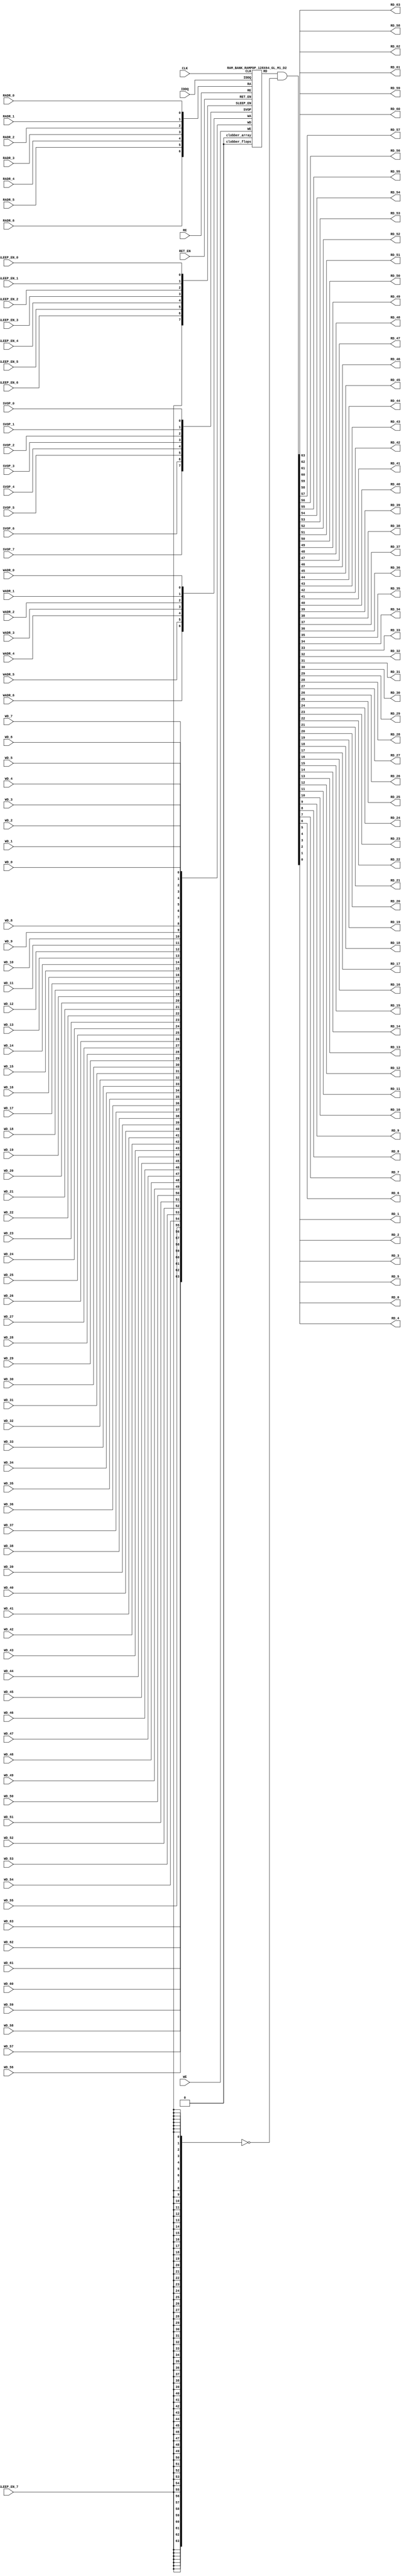
// ================================================================
// NVDLA Open Source Project
// 
// Copyright(c) 2016 - 2017 NVIDIA Corporation.  Licensed under the
// NVDLA Open Hardware License; Check "LICENSE" which comes with 
// this distribution for more information.
// ================================================================


`ifdef EMULATION
	`define SYNTHESIS
`endif

`ifndef SYNTHESIS
	`ifdef FAULT_INJECTION
		`define SIM_and_FAULT
	`endif
`endif

`ifndef SYNTHESIS
	`ifdef MONITOR
		`define SIM_and_MONITOR
	`endif
`endif


`ifndef SYNTHESIS 
`timescale 10ps/1ps
`endif 
`celldefine
module RAMPDP_128X64_GL_M1_D2 (  WE,  CLK, IDDQ, SVOP_0, SVOP_1, SVOP_2, SVOP_3, SVOP_4, SVOP_5, SVOP_6, SVOP_7 
,WD_63, WD_62, WD_61, WD_60, WD_59, WD_58, WD_57, WD_56, WD_55, WD_54, WD_53, WD_52, WD_51, WD_50, WD_49, WD_48, WD_47, WD_46, WD_45, WD_44, WD_43, WD_42, WD_41, WD_40, WD_39, WD_38, WD_37, WD_36, WD_35, WD_34, WD_33, WD_32, WD_31, WD_30, WD_29, WD_28, WD_27, WD_26, WD_25, WD_24, WD_23, WD_22, WD_21, WD_20, WD_19, WD_18, WD_17, WD_16, WD_15, WD_14, WD_13, WD_12, WD_11, WD_10, WD_9, WD_8, WD_7, WD_6, WD_5, WD_4, WD_3, WD_2, WD_1, WD_0,RD_63, RD_62, RD_61, RD_60, RD_59, RD_58, RD_57, RD_56, RD_55, RD_54, RD_53, RD_52, RD_51, RD_50, RD_49, RD_48, RD_47, RD_46, RD_45, RD_44, RD_43, RD_42, RD_41, RD_40, RD_39, RD_38, RD_37, RD_36, RD_35, RD_34, RD_33, RD_32, RD_31, RD_30, RD_29, RD_28, RD_27, RD_26, RD_25, RD_24, RD_23, RD_22, RD_21, RD_20, RD_19, RD_18, RD_17, RD_16, RD_15, RD_14, RD_13, RD_12, RD_11, RD_10, RD_9, RD_8, RD_7, RD_6, RD_5, RD_4, RD_3, RD_2, RD_1, RD_0, RE
, RADR_6, RADR_5, RADR_4, RADR_3, RADR_2, RADR_1, RADR_0, WADR_6, WADR_5, WADR_4, WADR_3, WADR_2, WADR_1, WADR_0, SLEEP_EN_7, SLEEP_EN_6, SLEEP_EN_5, SLEEP_EN_4, SLEEP_EN_3, SLEEP_EN_2, SLEEP_EN_1, SLEEP_EN_0, RET_EN
);

// nvProps NoBus SLEEP_EN_

`ifndef RAM_INTERFACE
`ifndef SYNTHESIS
// Physical ram size defined as localparam
parameter phy_rows = 128;
parameter phy_cols = 64;
parameter phy_rcols_pos = 64'b0000000000000000000000000000000000000000000000000000000000000000;

`endif //SYNTHESIS
`endif //RAM_INTERFACE

// Test mode control ports
input IDDQ;
// Clock port
input CLK;
// SVOP ports
input SVOP_0, SVOP_1, SVOP_2, SVOP_3, SVOP_4, SVOP_5, SVOP_6, SVOP_7;
// Write data ports
input WD_63, WD_62, WD_61, WD_60, WD_59, WD_58, WD_57, WD_56, WD_55, WD_54, WD_53, WD_52, WD_51, WD_50, WD_49, WD_48, WD_47, WD_46, WD_45, WD_44, WD_43, WD_42, WD_41, WD_40, WD_39, WD_38, WD_37, WD_36, WD_35, WD_34, WD_33, WD_32, WD_31, WD_30, WD_29, WD_28, WD_27, WD_26, WD_25, WD_24, WD_23, WD_22, WD_21, WD_20, WD_19, WD_18, WD_17, WD_16, WD_15, WD_14, WD_13, WD_12, WD_11, WD_10, WD_9, WD_8, WD_7, WD_6, WD_5, WD_4, WD_3, WD_2, WD_1, WD_0;
// Read data ports
output RD_63, RD_62, RD_61, RD_60, RD_59, RD_58, RD_57, RD_56, RD_55, RD_54, RD_53, RD_52, RD_51, RD_50, RD_49, RD_48, RD_47, RD_46, RD_45, RD_44, RD_43, RD_42, RD_41, RD_40, RD_39, RD_38, RD_37, RD_36, RD_35, RD_34, RD_33, RD_32, RD_31, RD_30, RD_29, RD_28, RD_27, RD_26, RD_25, RD_24, RD_23, RD_22, RD_21, RD_20, RD_19, RD_18, RD_17, RD_16, RD_15, RD_14, RD_13, RD_12, RD_11, RD_10, RD_9, RD_8, RD_7, RD_6, RD_5, RD_4, RD_3, RD_2, RD_1, RD_0;
// Read enable ports
input RE;
// Write enable ports
input WE;
// Read address ports
input RADR_6, RADR_5, RADR_4, RADR_3, RADR_2, RADR_1, RADR_0;
// Write address ports
input WADR_6, WADR_5, WADR_4, WADR_3, WADR_2, WADR_1, WADR_0;

// PG Zone enables
input SLEEP_EN_0, SLEEP_EN_1, SLEEP_EN_2, SLEEP_EN_3, SLEEP_EN_4, SLEEP_EN_5, SLEEP_EN_6, SLEEP_EN_7, RET_EN;

`ifndef RAM_INTERFACE
wire VDD = 1'b1;
wire GND  = 1'b0;

// Combine the sleep enable pins into one bus
	wire [7:0] SLEEP_EN = {SLEEP_EN_7, SLEEP_EN_6, SLEEP_EN_5, SLEEP_EN_4, SLEEP_EN_3, SLEEP_EN_2, SLEEP_EN_1, SLEEP_EN_0};

// Signal to clamp the outputs when the VDD is power gated off.
	wire clamp_rd   = SLEEP_EN[7] ;

// State point clobering signals
// X-out state points when their power goes out
    wire clobber_x;
`ifndef SYNTHESIS
`ifdef DISABLE_REPAIR_X
    wire check_x = (RET_EN ^ (^SLEEP_EN[7:0]) ^  SVOP_0 ^ SVOP_1 ^ SVOP_2 ^ SVOP_3 ^ SVOP_4 ^ SVOP_5 ^ SVOP_6 ^ SVOP_7);
`else 
    wire check_x = (RET_EN ^ (^SLEEP_EN[7:0]) ^  SVOP_0 ^ SVOP_1 ^ SVOP_2 ^ SVOP_3 ^ SVOP_4 ^ SVOP_5 ^ SVOP_6 ^ SVOP_7 );
`endif 
    assign clobber_x = ((check_x === 1'bx) || (check_x === 1'bz))?1'b1:1'b0;
 
    wire clobber_array = (~RET_EN & (|SLEEP_EN[3:0]))  | clobber_x;
    wire clobber_flops = (|SLEEP_EN[7:4]) | clobber_x ;
`else //SYNTHESIS
    wire clobber_array = 1'b0;
    wire clobber_flops = 1'b0;
    assign clobber_x = 1'b0;
`endif //SYNTHESIS 

// Output valid signal
// Outputs are unknown in non-retention mode if VDDM is powered up , but VDD is not 
    wire outvalid;
	assign outvalid = ~(clobber_x | (~RET_EN & (|SLEEP_EN[3:0]) & (|(~SLEEP_EN[7:4]))));


//assemble & rename wires
// Extend the MSB's of the read/write addresses to cover all the flop inputs
// The number of address flops is fixed. Also combine all the individual *_* bits into one bus
	wire [6:0] RA = {RADR_6, RADR_5, RADR_4, RADR_3, RADR_2, RADR_1, RADR_0};
	wire [6:0] WA = {WADR_6, WADR_5, WADR_4, WADR_3, WADR_2, WADR_1, WADR_0};
// Combine all the write data input bits
	wire [63:0] WD = {WD_63, WD_62, WD_61, WD_60, WD_59, WD_58, WD_57, WD_56, WD_55, WD_54, WD_53, WD_52, WD_51, WD_50, WD_49, WD_48, WD_47, WD_46, WD_45, WD_44, WD_43, WD_42, WD_41, WD_40, WD_39, WD_38, WD_37, WD_36, WD_35, WD_34, WD_33, WD_32, WD_31, WD_30, WD_29, WD_28, WD_27, WD_26, WD_25, WD_24, WD_23, WD_22, WD_21, WD_20, WD_19, WD_18, WD_17, WD_16, WD_15, WD_14, WD_13, WD_12, WD_11, WD_10, WD_9, WD_8, WD_7, WD_6, WD_5, WD_4, WD_3, WD_2, WD_1, WD_0};
	wire [63:0] RD;
// Expand the read data bus into individual output bits
//	assign {RD_63, RD_62, RD_61, RD_60, RD_59, RD_58, RD_57, RD_56, RD_55, RD_54, RD_53, RD_52, RD_51, RD_50, RD_49, RD_48, RD_47, RD_46, RD_45, RD_44, RD_43, RD_42, RD_41, RD_40, RD_39, RD_38, RD_37, RD_36, RD_35, RD_34, RD_33, RD_32, RD_31, RD_30, RD_29, RD_28, RD_27, RD_26, RD_25, RD_24, RD_23, RD_22, RD_21, RD_20, RD_19, RD_18, RD_17, RD_16, RD_15, RD_14, RD_13, RD_12, RD_11, RD_10, RD_9, RD_8, RD_7, RD_6, RD_5, RD_4, RD_3, RD_2, RD_1, RD_0} = (outvalid) ? RD : 64'bx;
// Do the read data swizzing based on the number of words and bits. 
`ifndef SYNTHESIS
	assign {RD_63, RD_62, RD_61, RD_60, RD_59, RD_58, RD_57, RD_56, RD_55, RD_54, RD_53, RD_52, RD_51, RD_50, RD_49, RD_48, RD_47, RD_46, RD_45, RD_44, RD_43, RD_42, RD_41, RD_40, RD_39, RD_38, RD_37, RD_36, RD_35, RD_34, RD_33, RD_32, RD_31, RD_30, RD_29, RD_28, RD_27, RD_26, RD_25, RD_24, RD_23, RD_22, RD_21, RD_20, RD_19, RD_18, RD_17, RD_16, RD_15, RD_14, RD_13, RD_12, RD_11, RD_10, RD_9, RD_8, RD_7, RD_6, RD_5, RD_4, RD_3, RD_2, RD_1, RD_0} = (outvalid) ? RD & ~{64{clamp_rd}} : 64'bx;
`else
	assign {RD_63, RD_62, RD_61, RD_60, RD_59, RD_58, RD_57, RD_56, RD_55, RD_54, RD_53, RD_52, RD_51, RD_50, RD_49, RD_48, RD_47, RD_46, RD_45, RD_44, RD_43, RD_42, RD_41, RD_40, RD_39, RD_38, RD_37, RD_36, RD_35, RD_34, RD_33, RD_32, RD_31, RD_30, RD_29, RD_28, RD_27, RD_26, RD_25, RD_24, RD_23, RD_22, RD_21, RD_20, RD_19, RD_18, RD_17, RD_16, RD_15, RD_14, RD_13, RD_12, RD_11, RD_10, RD_9, RD_8, RD_7, RD_6, RD_5, RD_4, RD_3, RD_2, RD_1, RD_0} =  RD & ~{64{clamp_rd}};
`endif
	wire [7:0] SVOP = {SVOP_7, SVOP_6, SVOP_5, SVOP_4, SVOP_3, SVOP_2, SVOP_1, SVOP_0};


`ifndef EMULATION

// Instantiate memory bank
// This block defines the core functionality of the rams.
	RAM_BANK_RAMPDP_128X64_GL_M1_D2 ITOP ( WE, CLK, IDDQ, SVOP, WD, RD, RE, RA, WA
, SLEEP_EN
,  RET_EN, clobber_array , clobber_flops 
);

`ifndef SYNTHESIS 
// Tasks for initializing the arrays
//VCS coverage off    
always  @(clobber_array) begin : clobber_array_block
    integer i;
    if (clobber_array) begin
	    for (i=0; i<128; i=i+1) begin
		     mem_wr_raw(i, {64{1'bx}});
		end
    end
end


always  @(clobber_flops) begin
  if (clobber_flops) begin
      ITOP.RE_LATB <= 1'bx;
      ITOP.RE_FF <= 1'bx;
      ITOP.WE_LATB <= 1'bx;
      ITOP.WE_FF <= 1'bx;
      ITOP.RADR <= 7'bx;
      ITOP.WADR <= 7'bx;
      ITOP.WAFF <= 7'bx;
      ITOP.WDQ_pr <= 64'bx;
      ITOP.dout <= 64'bx;
  end
end  
//VCS coverage on    

//VCS coverage off    
task mem_wr_raw;
  input [6:0] addr;
  input [63:0] data;
  begin
        ITOP.iow0.mem_wr_raw_subbank(addr[6:0],data);
  end
endtask

// Ramgen function for writing the arrays 
task mem_write;
  input [6:0] addr;
  input [63:0] data;
  begin
    ITOP.mem_write_bank(addr,data);
  end
endtask

// Ramgen function for reading the arrays 
function [63:0] mem_read;
input [6:0] addr;
  begin
        mem_read = ITOP.mem_read_bank(addr);
  end
endfunction


// Random only generates 32 bit value.
// If nbits > 32, call it multiple times
// Old random fill fills all memory locations with same random value


task mem_fill_random;
	reg [63:0] val;
	integer i;
	begin
		for (i=0; i<128; i=i+1) begin
		    val = {$random, $random};
		    mem_wr_raw(i, val);
		end
	end 
endtask

// Fill the memory with a given bit value 
task mem_fill_value;
    input fill_bit;
	reg [63:0] val;
    integer i;
    begin
        val = {64{fill_bit}};
        for (i=0; i<128; i=i+1) begin
		    mem_wr_raw(i, val);
        end
    end
endtask 

// read logical address and feed into salat
task force_rd;
input [6:0] addr;
	reg [63:0] rd;

	`ifdef USE_RAMINIT_LIBS
	reg raminit_active, raminit_argcheck, raminit_debug, raminit_enable, raminit_random, raminit_invert,
	    raminit_val, raminit_waitclock, raminit_use_force;
	real raminit_delay_ns, raminit_waitclock_check_ns;
	initial
	begin
	  raminit_active    = 0; // default is inactive (plusarg to active the ram init functionality)
	  raminit_argcheck  = 0; // default is no plusargs check (apart from raminit_active and raminit_argcheck)
	  raminit_debug     = 0; // default is no debug messages
	  raminit_enable    = 0; // default is no init (variable indicating if the ram init functionality is enabled for this instance)
	  raminit_random    = 0; // default is no random init
	  raminit_invert    = 0; // default is not to invert the init value
	  raminit_val       = 0; // default init value is zero
	  raminit_waitclock = 0; // default is not to wait to clock to be non-X
	  raminit_use_force = 1; // default is to use force/release
	  raminit_delay_ns           = `ifdef NV_TOP_RESET_ON_DELAY  (`NV_TOP_RESET_ON_DELAY+2) `else 3 `endif; // default is 2ns after nv_top_reset_ goes low or ram clock is not X
	  raminit_waitclock_check_ns = `ifdef NV_TOP_RESET_OFF_DELAY (`NV_TOP_RESET_OFF_DELAY)  `else 0 `endif; // default is when nv_top_reset_ goes high
	  $value$plusargs("raminit_active=%d",    raminit_active);
	  $value$plusargs("raminit_argcheck=%d",  raminit_argcheck);
	  if (raminit_argcheck)
	  begin
	    // The following variables are not usually used as plusargs, but instead set through add_inst_array calls or the init_inst_file.
	    $value$plusargs("raminit_debug=%d",              raminit_debug);
	    $value$plusargs("raminit_enable=%d",             raminit_enable);
	    $value$plusargs("raminit_random=%d",             raminit_random);
	    $value$plusargs("raminit_invert=%d",             raminit_invert);
	    $value$plusargs("raminit_val=%d",                raminit_val);
	    $value$plusargs("raminit_waitclock=%d",          raminit_waitclock);
	    $value$plusargs("raminit_delay_ns=%f",           raminit_delay_ns);
	    $value$plusargs("raminit_waitclock_check_ns=%f", raminit_waitclock_check_ns);
	    $value$plusargs("raminit_use_force=%d",          raminit_use_force);
	  end
	  `ifdef INST_CHECK
	  `INST_CHECK(ram_inst_check0,raminit_active,raminit_debug,raminit_enable,raminit_random,raminit_val,raminit_invert,raminit_waitclock,raminit_delay_ns,raminit_waitclock_check_ns);
	  `endif
	  if (!raminit_active)  raminit_enable = 0;
	  else if (raminit_enable)
	  begin
	    if (raminit_random) raminit_val = `ifdef NO_PLI 1'b0 `else $RollPLI(0,1) `endif;
	    if (raminit_invert) raminit_val = ~raminit_val;
	  end
	  if (raminit_debug)
	  begin
	    $display("%m: raminit_active              = %d", raminit_active);
	    $display("%m: raminit_argcheck            = %d", raminit_argcheck);
	    $display("%m: raminit_debug               = %d", raminit_debug);
	    $display("%m: raminit_enable              = %d", raminit_enable);
	    $display("%m: raminit_random              = %d", raminit_random);
	    $display("%m: raminit_invert              = %d", raminit_invert);
	    $display("%m: raminit_val                 = %d", raminit_val);
	    $display("%m: raminit_waitclock           = %d", raminit_waitclock);
	    $display("%m: raminit_delay_ns            = %f ns", raminit_delay_ns);
	    $display("%m: raminit_waitclock_check_ns  = %f ns", raminit_waitclock_check_ns);
	    $display("%m: raminit_use_force           = %d", raminit_use_force);
	  end
	end
	`endif

	`ifdef USE_RAMINIT_LIBS
	// init rd
	task init_rd_regs;
	begin
	  #0; // wait for raminit variables to be set
	  if (raminit_enable)
	  begin : raminit_val_blk
	    reg [64-1:0] raminit_fullval;
	    if (raminit_random)  raminit_fullval = `ifdef NO_PLI {64 {1'b1}} `else { $RollPLI(0,{32{1'b1}}), $RollPLI(0,{32{1'b1}}) } `endif ;
	    else                 raminit_fullval = {64 {raminit_val}};
	    if (raminit_invert)  raminit_fullval = ~raminit_fullval;
	    if (raminit_use_force)  force rd = raminit_fullval;
	    if (raminit_waitclock)  wait ( !== 1'bx);
	    #(raminit_delay_ns*100);
	    `ifdef INST_WAITCLOCK_CHECK
	    `INST_WAITCLOCK_CHECK(waitclock_inst_check0,raminit_waitclock,raminit_waitclock_check_ns,100)
	    `endif
	    if (raminit_use_force)  release rd;
	    rd = raminit_fullval;
	  end
	end
	endtask
	initial begin init_rd_regs();  end
	`ifdef RAMINIT_TRIGGER
	always @(`RAMINIT_TRIGGER)  init_rd_regs();
	`endif
	`endif // `ifdef USE_RAMINIT_LIBS

	begin
        rd = ITOP.iow0.mem_read_raw_subbank(addr);
		ITOP.dout = rd;
	end
endtask

`ifdef MEM_PHYS_INFO
//function for physical array read row, takes physical address
function [63:0] mem_phys_read_padr;
input [6:0] addr;
	reg [63:0] rd_row;

	`ifdef USE_RAMINIT_LIBS
	// init rd_row
	task init_rd_row_regs;
	begin
	  #0; // wait for raminit variables to be set
	  if (raminit_enable)
	  begin : raminit_val_blk
	    reg [64-1:0] raminit_fullval;
	    if (raminit_random)  raminit_fullval = `ifdef NO_PLI {64 {1'b1}} `else { $RollPLI(0,{32{1'b1}}), $RollPLI(0,{32{1'b1}}) } `endif ;
	    else                 raminit_fullval = {64 {raminit_val}};
	    if (raminit_invert)  raminit_fullval = ~raminit_fullval;
	    if (raminit_use_force)  force rd_row = raminit_fullval;
	    if (raminit_waitclock)  wait ( !== 1'bx);
	    #(raminit_delay_ns*100);
	    `ifdef INST_WAITCLOCK_CHECK
	    `INST_WAITCLOCK_CHECK(waitclock_inst_check1,raminit_waitclock,raminit_waitclock_check_ns,100)
	    `endif
	    if (raminit_use_force)  release rd_row;
	    rd_row = raminit_fullval;
	  end
	end
	endtask
	initial begin init_rd_row_regs();  end
	`ifdef RAMINIT_TRIGGER
	always @(`RAMINIT_TRIGGER)  init_rd_row_regs();
	`endif
	`endif // `ifdef USE_RAMINIT_LIBS

	reg [63:0] rd[0:0];
	integer i;
	begin
        rd[0] = ITOP.iow0.mem_read_raw_subbank(addr);
        for (i=0; i<=63; i=i+1) begin
            rd_row[i*1+0] = rd[0][i];
		end
		mem_phys_read_padr = rd_row;
	end
endfunction

//function for physical array read row, takes logical address
function [63:0] mem_phys_read_ladr;
input [6:0] addr;
    reg [6:0] paddr;
	reg [63:0] rd_row;

	`ifdef USE_RAMINIT_LIBS
	// init rd_row
	task init_rd_row_regs;
	begin
	  #0; // wait for raminit variables to be set
	  if (raminit_enable)
	  begin : raminit_val_blk
	    reg [64-1:0] raminit_fullval;
	    if (raminit_random)  raminit_fullval = `ifdef NO_PLI {64 {1'b1}} `else { $RollPLI(0,{32{1'b1}}), $RollPLI(0,{32{1'b1}}) } `endif ;
	    else                 raminit_fullval = {64 {raminit_val}};
	    if (raminit_invert)  raminit_fullval = ~raminit_fullval;
	    if (raminit_use_force)  force rd_row = raminit_fullval;
	    if (raminit_waitclock)  wait ( !== 1'bx);
	    #(raminit_delay_ns*100);
	    `ifdef INST_WAITCLOCK_CHECK
	    `INST_WAITCLOCK_CHECK(waitclock_inst_check2,raminit_waitclock,raminit_waitclock_check_ns,100)
	    `endif
	    if (raminit_use_force)  release rd_row;
	    rd_row = raminit_fullval;
	  end
	end
	endtask
	initial begin init_rd_row_regs();  end
	`ifdef RAMINIT_TRIGGER
	always @(`RAMINIT_TRIGGER)  init_rd_row_regs();
	`endif
	`endif // `ifdef USE_RAMINIT_LIBS

	reg [63:0] rd[0:0];
	integer i;
	begin
        paddr = (addr >> 0);
        rd[0] = ITOP.iow0.mem_read_raw_subbank(paddr);
        for (i=0; i<=63; i=i+1) begin
            rd_row[i*1+0] = rd[0][i];
		end
		mem_phys_read_ladr = rd_row;
	end
endfunction


//function for physical array read row with column masking, takes logical address
function [63:0] mem_phys_read_pmasked;
input [6:0] addr;
   reg [63:0] rd_row;

   `ifdef USE_RAMINIT_LIBS
   // init rd_row
   task init_rd_row_regs;
   begin
     #0; // wait for raminit variables to be set
     if (raminit_enable)
     begin : raminit_val_blk
       reg [64-1:0] raminit_fullval;
       if (raminit_random)  raminit_fullval = `ifdef NO_PLI {64 {1'b1}} `else { $RollPLI(0,{32{1'b1}}), $RollPLI(0,{32{1'b1}}) } `endif ;
       else                 raminit_fullval = {64 {raminit_val}};
       if (raminit_invert)  raminit_fullval = ~raminit_fullval;
       if (raminit_use_force)  force rd_row = raminit_fullval;
       if (raminit_waitclock)  wait ( !== 1'bx);
       #(raminit_delay_ns*100);
       `ifdef INST_WAITCLOCK_CHECK
       `INST_WAITCLOCK_CHECK(waitclock_inst_check3,raminit_waitclock,raminit_waitclock_check_ns,100)
       `endif
       if (raminit_use_force)  release rd_row;
       rd_row = raminit_fullval;
     end
   end
   endtask
   initial begin init_rd_row_regs();  end
   `ifdef RAMINIT_TRIGGER
   always @(`RAMINIT_TRIGGER)  init_rd_row_regs();
   `endif
   `endif // `ifdef USE_RAMINIT_LIBS

   reg [63:0] rd[0 : 0];
   integer i;
   begin
        rd_row = ITOP.iow0.mem_read_raw_subbank(addr);
        mem_phys_read_pmasked = rd_row;
    end
endfunction

//Task for physical array write row, takes physical address
task mem_phys_write;
input [6:0] addr;
input [63:0] data;
	reg [63:0] wr[0:0];
	integer i;
	begin
        for (i=0; i<=63; i=i+1) begin
            wr[0][i] = data[i*1+0];
		end
        ITOP.iow0.mem_wr_raw_subbank(addr,wr[0]);
	end
endtask

// Function to return a physical address given a logical address input.
function [6:0] mem_log_to_phys_adr;
input [6:0] addr;
    begin
        mem_log_to_phys_adr = (addr >> 0) ; 
    end
endfunction 
`endif //MEM_PHYS_INFO

`ifdef MONITOR
// Monitor dump trigger
reg dump_monitor_result;

initial begin : init_monitor
  dump_monitor_result = 1'b0;
end

task monitor_on;
    begin
		ITOP.iow0.monitor_on = 1'b1;
   end
endtask

task monitor_off;
    begin
		ITOP.iow0.monitor_on = 1'b0;
        dump_monitor_result = 1'b1;
    end
endtask

// read bit_written monitor row by physical address from subarray
function [63:0] mon_bit_w;
input [6:0] addr;
	reg [63:0] mon_row;
	reg [63:0] mon_word[0:0];
	integer i;
	begin
		// read all monitor words for a row
		mon_word[0] = ITOP.iow0.bit_written[addr];
		// combine all 1 words to a row
		for (i=0; i<=63; i=i+1) begin
			mon_row[i*1+0] = mon_word[0][i];
		end
		mon_bit_w = mon_row;
	end
endfunction

// read bit_read monitor word by address from subarray
function [63:0] mon_bit_r;
input [6:0] addr;
	reg [63:0] mon_row;
	reg [63:0] mon_word[0:0];
	integer i;
	begin
		// read all monitor words for a row
		mon_word[0] = ITOP.iow0.bit_read[addr];
		// combine all 1 words to a row
		for (i=0; i<=63; i=i+1) begin
			mon_row[i*1+0] = mon_word[0][i];
		end
		mon_bit_r = mon_row;
	end
endfunction

// read word_written monitor row by physical address from subarray
function  mon_word_w;
input [6:0] addr;
	reg mon_word[0:0];
	integer i;
	begin
		// read all monitor words for a row
		mon_word[0] = ITOP.iow0.word_written[addr];
		// combine all 1 words to a row
		mon_word_w = mon_word[0]  ;
	end
endfunction

// read word_read monitor row by physical address from subarray
function  mon_word_r;
input [6:0] addr;
	reg mon_word[0:0];
	integer i;
	begin
		// read all monitor words for a row
		mon_word[0] = ITOP.iow0.word_read[addr];
		// combine all 1 words to a row
		mon_word_r = mon_word[0]  ;
	end
endfunction

always @(dump_monitor_result) begin : dump_monitor
	integer i;
	integer j;
	reg [63:0] tmp_row;
    reg tmp_bit;
	if (dump_monitor_result == 1'b1) begin
	    $display("Exercised coverage summary:");
        $display("\t%m rows unwritten:");
        for(i=0;i<=128;i=i+1) begin
			tmp_bit = mon_word_w(i);
            if (tmp_bit !== 1) $display("\t\trow %d", i);
		end
        $display("\t%m rows unread:");
        for(i=0;i<=128;i=i+1) begin
			tmp_bit = mon_word_r(i);
            if (tmp_bit !== 1) $display("\t\trow %d", i);
		end
		$display("\t%m bits not written as 0:");
		for (i=0; i<128; i=i+1) begin
			tmp_row = mon_bit_w(i);
			for (j=0; j<64; j=j+1) begin
				if (tmp_row[j] !== 1'b0 && tmp_row[j] !== 1'bz) $display("\t\t[row,bit] [%d,%d]", i, j);
			end
		end
		$display("\t%m bits not written as 1:");
		for (i=0; i<128; i=i+1) begin
			tmp_row = mon_bit_w(i);
			for (j=0; j<64; j=j+1) begin
				if (tmp_row[j] !== 1'b1 && tmp_row[j] !== 1'bz) $display("\t\t[row,bit] [%d,%d]", i, j);
			end
		end
		$display("\t%m bits not read as 0:");
		for (i=0; i<128; i=i+1) begin
			tmp_row = mon_bit_r(i);
			for (j=0; j<64; j=j+1) begin
				if (tmp_row[j] !== 1'b0 && tmp_row[j] !== 1'bz) $display("\t\t[row,bit] [%d,%d]", i, j);
			end
		end
		$display("\t%m bits not read as 1:");
		for (i=0; i<128; i=i+1) begin
			tmp_row = mon_bit_r(i);
			for (j=0; j<64; j=j+1) begin
				if (tmp_row[j] !== 1'b1 && tmp_row[j] !== 1'bz) $display("\t\t[row,bit] [%d,%d]", i, j);
			end
		end
		dump_monitor_result = 1'b0;
	end
end

//VCS coverage on    
`endif // MONITOR

`ifdef NV_RAM_EXPAND_ARRAY
wire [63:0] Q_0 = ITOP.iow0.arr[0];
wire [63:0] Q_1 = ITOP.iow0.arr[1];
wire [63:0] Q_2 = ITOP.iow0.arr[2];
wire [63:0] Q_3 = ITOP.iow0.arr[3];
wire [63:0] Q_4 = ITOP.iow0.arr[4];
wire [63:0] Q_5 = ITOP.iow0.arr[5];
wire [63:0] Q_6 = ITOP.iow0.arr[6];
wire [63:0] Q_7 = ITOP.iow0.arr[7];
wire [63:0] Q_8 = ITOP.iow0.arr[8];
wire [63:0] Q_9 = ITOP.iow0.arr[9];
wire [63:0] Q_10 = ITOP.iow0.arr[10];
wire [63:0] Q_11 = ITOP.iow0.arr[11];
wire [63:0] Q_12 = ITOP.iow0.arr[12];
wire [63:0] Q_13 = ITOP.iow0.arr[13];
wire [63:0] Q_14 = ITOP.iow0.arr[14];
wire [63:0] Q_15 = ITOP.iow0.arr[15];
wire [63:0] Q_16 = ITOP.iow0.arr[16];
wire [63:0] Q_17 = ITOP.iow0.arr[17];
wire [63:0] Q_18 = ITOP.iow0.arr[18];
wire [63:0] Q_19 = ITOP.iow0.arr[19];
wire [63:0] Q_20 = ITOP.iow0.arr[20];
wire [63:0] Q_21 = ITOP.iow0.arr[21];
wire [63:0] Q_22 = ITOP.iow0.arr[22];
wire [63:0] Q_23 = ITOP.iow0.arr[23];
wire [63:0] Q_24 = ITOP.iow0.arr[24];
wire [63:0] Q_25 = ITOP.iow0.arr[25];
wire [63:0] Q_26 = ITOP.iow0.arr[26];
wire [63:0] Q_27 = ITOP.iow0.arr[27];
wire [63:0] Q_28 = ITOP.iow0.arr[28];
wire [63:0] Q_29 = ITOP.iow0.arr[29];
wire [63:0] Q_30 = ITOP.iow0.arr[30];
wire [63:0] Q_31 = ITOP.iow0.arr[31];
wire [63:0] Q_32 = ITOP.iow0.arr[32];
wire [63:0] Q_33 = ITOP.iow0.arr[33];
wire [63:0] Q_34 = ITOP.iow0.arr[34];
wire [63:0] Q_35 = ITOP.iow0.arr[35];
wire [63:0] Q_36 = ITOP.iow0.arr[36];
wire [63:0] Q_37 = ITOP.iow0.arr[37];
wire [63:0] Q_38 = ITOP.iow0.arr[38];
wire [63:0] Q_39 = ITOP.iow0.arr[39];
wire [63:0] Q_40 = ITOP.iow0.arr[40];
wire [63:0] Q_41 = ITOP.iow0.arr[41];
wire [63:0] Q_42 = ITOP.iow0.arr[42];
wire [63:0] Q_43 = ITOP.iow0.arr[43];
wire [63:0] Q_44 = ITOP.iow0.arr[44];
wire [63:0] Q_45 = ITOP.iow0.arr[45];
wire [63:0] Q_46 = ITOP.iow0.arr[46];
wire [63:0] Q_47 = ITOP.iow0.arr[47];
wire [63:0] Q_48 = ITOP.iow0.arr[48];
wire [63:0] Q_49 = ITOP.iow0.arr[49];
wire [63:0] Q_50 = ITOP.iow0.arr[50];
wire [63:0] Q_51 = ITOP.iow0.arr[51];
wire [63:0] Q_52 = ITOP.iow0.arr[52];
wire [63:0] Q_53 = ITOP.iow0.arr[53];
wire [63:0] Q_54 = ITOP.iow0.arr[54];
wire [63:0] Q_55 = ITOP.iow0.arr[55];
wire [63:0] Q_56 = ITOP.iow0.arr[56];
wire [63:0] Q_57 = ITOP.iow0.arr[57];
wire [63:0] Q_58 = ITOP.iow0.arr[58];
wire [63:0] Q_59 = ITOP.iow0.arr[59];
wire [63:0] Q_60 = ITOP.iow0.arr[60];
wire [63:0] Q_61 = ITOP.iow0.arr[61];
wire [63:0] Q_62 = ITOP.iow0.arr[62];
wire [63:0] Q_63 = ITOP.iow0.arr[63];
wire [63:0] Q_64 = ITOP.iow0.arr[64];
wire [63:0] Q_65 = ITOP.iow0.arr[65];
wire [63:0] Q_66 = ITOP.iow0.arr[66];
wire [63:0] Q_67 = ITOP.iow0.arr[67];
wire [63:0] Q_68 = ITOP.iow0.arr[68];
wire [63:0] Q_69 = ITOP.iow0.arr[69];
wire [63:0] Q_70 = ITOP.iow0.arr[70];
wire [63:0] Q_71 = ITOP.iow0.arr[71];
wire [63:0] Q_72 = ITOP.iow0.arr[72];
wire [63:0] Q_73 = ITOP.iow0.arr[73];
wire [63:0] Q_74 = ITOP.iow0.arr[74];
wire [63:0] Q_75 = ITOP.iow0.arr[75];
wire [63:0] Q_76 = ITOP.iow0.arr[76];
wire [63:0] Q_77 = ITOP.iow0.arr[77];
wire [63:0] Q_78 = ITOP.iow0.arr[78];
wire [63:0] Q_79 = ITOP.iow0.arr[79];
wire [63:0] Q_80 = ITOP.iow0.arr[80];
wire [63:0] Q_81 = ITOP.iow0.arr[81];
wire [63:0] Q_82 = ITOP.iow0.arr[82];
wire [63:0] Q_83 = ITOP.iow0.arr[83];
wire [63:0] Q_84 = ITOP.iow0.arr[84];
wire [63:0] Q_85 = ITOP.iow0.arr[85];
wire [63:0] Q_86 = ITOP.iow0.arr[86];
wire [63:0] Q_87 = ITOP.iow0.arr[87];
wire [63:0] Q_88 = ITOP.iow0.arr[88];
wire [63:0] Q_89 = ITOP.iow0.arr[89];
wire [63:0] Q_90 = ITOP.iow0.arr[90];
wire [63:0] Q_91 = ITOP.iow0.arr[91];
wire [63:0] Q_92 = ITOP.iow0.arr[92];
wire [63:0] Q_93 = ITOP.iow0.arr[93];
wire [63:0] Q_94 = ITOP.iow0.arr[94];
wire [63:0] Q_95 = ITOP.iow0.arr[95];
wire [63:0] Q_96 = ITOP.iow0.arr[96];
wire [63:0] Q_97 = ITOP.iow0.arr[97];
wire [63:0] Q_98 = ITOP.iow0.arr[98];
wire [63:0] Q_99 = ITOP.iow0.arr[99];
wire [63:0] Q_100 = ITOP.iow0.arr[100];
wire [63:0] Q_101 = ITOP.iow0.arr[101];
wire [63:0] Q_102 = ITOP.iow0.arr[102];
wire [63:0] Q_103 = ITOP.iow0.arr[103];
wire [63:0] Q_104 = ITOP.iow0.arr[104];
wire [63:0] Q_105 = ITOP.iow0.arr[105];
wire [63:0] Q_106 = ITOP.iow0.arr[106];
wire [63:0] Q_107 = ITOP.iow0.arr[107];
wire [63:0] Q_108 = ITOP.iow0.arr[108];
wire [63:0] Q_109 = ITOP.iow0.arr[109];
wire [63:0] Q_110 = ITOP.iow0.arr[110];
wire [63:0] Q_111 = ITOP.iow0.arr[111];
wire [63:0] Q_112 = ITOP.iow0.arr[112];
wire [63:0] Q_113 = ITOP.iow0.arr[113];
wire [63:0] Q_114 = ITOP.iow0.arr[114];
wire [63:0] Q_115 = ITOP.iow0.arr[115];
wire [63:0] Q_116 = ITOP.iow0.arr[116];
wire [63:0] Q_117 = ITOP.iow0.arr[117];
wire [63:0] Q_118 = ITOP.iow0.arr[118];
wire [63:0] Q_119 = ITOP.iow0.arr[119];
wire [63:0] Q_120 = ITOP.iow0.arr[120];
wire [63:0] Q_121 = ITOP.iow0.arr[121];
wire [63:0] Q_122 = ITOP.iow0.arr[122];
wire [63:0] Q_123 = ITOP.iow0.arr[123];
wire [63:0] Q_124 = ITOP.iow0.arr[124];
wire [63:0] Q_125 = ITOP.iow0.arr[125];
wire [63:0] Q_126 = ITOP.iow0.arr[126];
wire [63:0] Q_127 = ITOP.iow0.arr[127];
`endif //NV_RAM_EXPAND_ARRAY
`endif //SYNTHESIS

`ifdef FAULT_INJECTION
// BIST stuck at tasks
// induce faults on columns
//VCS coverage off    
task mem_fault_no_write;
input [63:0] fault_mask;
    begin
        ITOP.iow0.mem_fault_no_write_subbank(fault_mask);
    end
endtask

task mem_fault_stuck_0;
input [63:0] fault_mask;
    begin
        ITOP.iow0.mem_fault_stuck_0_subbank(fault_mask);
    end
endtask

task mem_fault_stuck_1;
input [63:0] fault_mask;
    begin
        ITOP.iow0.mem_fault_stuck_1_subbank(fault_mask);
    end
endtask

task set_bit_fault_stuck_0;
input r;
input c;
integer r;
integer c;

    ITOP.iow0.set_bit_fault_stuck_0_subbank(r, c);

endtask

task set_bit_fault_stuck_1;
input r;
input c;
integer r;
integer c;
 
    ITOP.iow0.set_bit_fault_stuck_1_subbank(r, c);

endtask

task clear_bit_fault_stuck_0;
input r;
input c;
integer r;
integer c;

    ITOP.iow0.clear_bit_fault_stuck_0_subbank(r, c);

endtask

task clear_bit_fault_stuck_1;
input r;
input c;
integer r;
integer c;

    ITOP.iow0.clear_bit_fault_stuck_1_subbank(r, c);

endtask
//VCS coverage on    

`endif // STUCK
`else // EMULATION=1 
//VCS coverage off    
// The emulation model is a simple model which models only basic functionality and contains no test logic or redundancy.
// The model also uses flops wherever possible. Latches are avoided to help close timing on the emulator.
// The unused pins are left floating in the model.

// Register declarations
// enables 
    reg RE_FF,WE_FF,RE_LAT,WE_LAT;
// Addresses 
    reg [6:0] RAFF,WAFF;
// Data 
    reg [63:0] WD_FF;
    reg [63:0] RD_LAT;
 
// Latch the enables
//spyglass disable_block IntClock,W18 
    always @(*) begin 
        if (!CLK) begin
            RE_LAT <= RE; 
            WE_LAT <= WE; 
        end 
    end
//spyglass enable_block IntClock,W18 
            
// Flop the enables : RE/WE/RE_O
    always @(posedge CLK) begin
        RE_FF <= RE; //spyglass disable IntClock
        WE_FF <= WE; //spyglass disable IntClock
    end 

// Gated clock for the read/write operations 
    wire RECLK = CLK & RE_LAT; //spyglass disable GatedClock
    wire WECLK = CLK & WE_LAT; //spyglass disable GatedClock

// Flop the addresses/write data//mask 
    always @(posedge RECLK) 
        RAFF <= RA; //spyglass disable IntClock
    always @(posedge WECLK) begin 
        WAFF <= WA; //spyglass disable IntClock
        WD_FF <= WD; //spyglass disable IntClock
    end 



// Memory 
    reg [63:0] mem[127:0]; 

// write into the memory on negative edge of clock
   wire WRCLK = ~CLK & WE_FF ; //spyglass disable GatedClock
 
    always @(posedge WRCLK)
        mem[WAFF] <= WD_FF; //spyglass disable SYNTH_5130

// Read 
    wire [63:0] dout;
    assign dout = mem[RAFF]; //spyglass disable SYNTH_5130
    reg [63:0] dout_LAT;
    always @(RECLK or dout) 
        if (RECLK) 
            dout_LAT <= dout; //spyglass disable W18
    assign RD = dout_LAT;

`endif // EMULATION
//VCS coverage on    
`endif  // end RAM_INTERFACE
endmodule
`endcelldefine

`ifndef RAM_INTERFACE
`ifndef EMULATION

//memory bank block
module RAM_BANK_RAMPDP_128X64_GL_M1_D2 ( WE, CLK, IDDQ, SVOP, WD, RD, RE, RA, WA
, SLEEP_EN
, RET_EN , clobber_array , clobber_flops 
);

// Input/output port definitions
input  WE, CLK, IDDQ , RE;
input [7:0] SVOP;
input [63:0] WD;
input [6:0] RA, WA;
output [63:0] RD;
input [7:0] SLEEP_EN;

input RET_EN , clobber_array , clobber_flops ; 

// When there is no bypass requested, tie the internal bypass select to 0.
    wire RDBYP = 1'b0;
//Definitions of latches and flops in the design
// *_LAT --> Latched value
// *_LATB --> inverted latch value
// *_FF   --> Flopped version
	reg RE_LATB, RE_FF, WE_LATB, WE_FF;
	reg [6:0] RADR, WADR, WAFF;

    // For non-pipelined rams , capture_dis is disabled
    wire CAPT_DIS = 1'b0;

// Clamp the array access when IDDQ=1
	wire CLAMPB = ~IDDQ;
	wire latffclk = CLK;

// Latch and flop the primary control enables. This is on the unconditional clock.
// spyglass disable_block W18
	always @(*) begin
    // Latch part 
		if(!latffclk & !clobber_flops) begin
            RE_LATB     <= ~RE ;
            // Write Enable 
			WE_LATB     <= ~WE; // spyglass disable IntClock
		end // end if
	end // end always

	always @(*) begin
    // Flop part
		if (latffclk & !clobber_flops) begin
        // Flop outputs of the latches above
            WE_FF      <= ~WE_LATB;
			RE_FF      <= ~RE_LATB;
        end // end if
    end // end always
// spyglass enable_block W18
    
// Conditional clock generation.

// Write enable	and clock
// Clocks are generated when the write enable OR SE == 1 , but SHOLD == 0
    wire we_se   = ~WE_LATB;
	wire WRDCLK  = we_se & latffclk & !clobber_flops; // spyglass disable GatedClock
	wire WADRCLK = WRDCLK;

// Read enable and clock
// There is no SHOLD dependence on the read clocks because these are implemented using loopback flops
// Clocks are generated when the Read enable OR SE == 1
    wire re_se   = ~RE_LATB;
	wire RADRCLK =  re_se & latffclk ;

//  *** The model reads in A , writes in B ***
// Read clock to the memory is off the rising edge of clock
// CLk ==1 , when RE=1 or (SE=1 and SCRE=1) && (ACC_DIS == 1)
// SE=1 and SCRE=1 is needed to force known values into the latches for launch in testmodes.
	wire RECLK   = (~RE_LATB) & CLAMPB & !clobber_flops & !RET_EN & CLK;
// Writes are shifted to the low phase of the clock
// Flopped version of the enables are used to prevent glitches in the clock
// SCWI ==1 prevents writes into the memory
    wire WECLK   = WE_FF &  CLAMPB & !clobber_flops & !RET_EN & ~CLK;
	wire RWSEL   = WE_FF &  CLAMPB & ~CLK;



// Latch read addresses
// spyglass disable_block W18
	always @(*) begin
		if(!RADRCLK & !clobber_flops) begin
			RADR <= RA;
		end // end if
	end // end always


// Flop write address
	always @(posedge WADRCLK) begin
		WAFF <= WA ;
	end
// spyglass enable_block W18


// Force the MSB's to 0 in the SCRE mode. This makes sure that we will always read in from valid addresses for resetting the output latches.
	wire [6:0] RADRSWI = RADR[6:0];
// Select the read address when CLK=1 and write addresses when CLK=0
	wire [6:0] ADR = {7{RWSEL}} & WAFF | ~{7{RWSEL}} & RADRSWI;

	wire [7:0] fusePDEC2;
	wire [7:0] fusePDEC1;
	wire [7:0] fusePDEC0;
    wire fuseien;
// Non repairable rams
    assign fusePDEC2 = {8{1'b0}};
    assign fusePDEC1 = {8{1'b0}};
    assign fusePDEC0 = {8{1'b0}};
    assign fuseien = 0;

//io part
	wire [63:0] WDQ;
	wire [63:0] WDBQ;
	wire [63:0] WMNexp;
	wire [63:0] WMNQ;

// Expand the fuse predec to 512 bits . It follows the 8x8x8 repeat pattern
// We will use only the ones needed for this particular ram configuration and ignore the rest
	wire [511:0] PDEC2 = {{64{fusePDEC2[7]}}, {64{fusePDEC2[6]}}, {64{fusePDEC2[5]}}, {64{fusePDEC2[4]}}, {64{fusePDEC2[3]}}, {64{fusePDEC2[2]}}, {64{fusePDEC2[1]}}, {64{fusePDEC2[0]}}};
	wire [511:0] PDEC1 = {8{{8{fusePDEC1[7]}}, {8{fusePDEC1[6]}}, {8{fusePDEC1[5]}}, {8{fusePDEC1[4]}}, {8{fusePDEC1[3]}}, {8{fusePDEC1[2]}}, {8{fusePDEC1[1]}}, {8{fusePDEC1[0]}}}};
	wire [511:0] PDEC0 = {64{fusePDEC0[7:0]}};
	wire [63:0] BADBIT, SHFT;

// SHIFT<*> == 1 --> No repair at that bit , 0 --> repair at that bit .
// SHIFT<X> == not(and Pdec*<X>) & SHIFT<X-1>
    assign BADBIT = {64{1'b0}};
    assign SHFT   = {64{1'b1}};

    reg [63:0] WDQ_pr;
    wire [63:0] WDBQ_pr;

    assign WMNexp = {64{1'b1}};

    always @(posedge WRDCLK) begin
// Flop write data
		WDQ_pr[63:0]    <= WD & WMNexp;
	end

    assign WDBQ_pr = ~WDQ_pr;

    assign WMNQ = (WDQ | WDBQ);
	assign WDQ  = WDQ_pr;
	assign WDBQ = WDBQ_pr;

    reg [63:0] dout;
	wire [63:0] RD;
	wire RD_rdnt0,RD_rdnt1;

	wire [63:0] sel_normal, sel_redun;

// Read bypass is not used for non custom ram
	wire [63:0] RDBYPASS = {64{1'b0}};


// Read bypass will override redunancy mux .
	assign sel_redun  = ~SHFT & ~RDBYPASS;
	assign sel_normal =  SHFT & ~RDBYPASS;

// Non pipelined Read out. This is a 2 to 1 mux with bypass taking priority
	assign RD = sel_normal & dout | RDBYPASS & WDQ_pr;


// FOR SIMULATION ONLY. REMOVE WHEN ASSERTIONS ARE AVAILABLE!
// The following section figures out the unused address space and forces a X out on the reads/prevents writes
// #unusedbits 0 #lowcmidx 0 #cmstep 1 #cm 1 #maxaddr 128
    wire legal, tiedvalid, empadd;
    assign tiedvalid = 1'b1;

// Max address is 128 --> ['1', '1', '1', '1', '1', '1', '1']
    assign empadd = 1'b0;
// It is a legal input address if it does not fall in the empty space.
    assign legal = tiedvalid & ~empadd ;
    
    wire [63:0] force_x;
`ifndef SYNTHESIS
    assign force_x = {64{1'bx}};
`else 
    assign force_x = {64{1'b0}};
`endif 

// Generate the read and write clocks for the various CM banks
    wire RdClk0;
    wire WrClk0;
    
    assign RdClk0 = RECLK;
    
    assign WrClk0 = WECLK & legal;
    
    wire [63:0] rmuxd0;
    wire [63:0] dout0;
    
// Mux the way reads onto the final read busa
// Output X's if the address is invalid    
	//assign rmuxd0 = legal ? {64{RdClk0}} & ~dout0 : force_x;
	assign rmuxd0 = {64{RdClk0}} & ~dout0 ;
    always @(RECLK or rmuxd0)
    begin
        if (RECLK)
	    begin
            dout[63:0] <= (rmuxd0[63:0]); // spyglass disable W18 
        end
    end

// Instantiate the memory banks. One for each CM .
    RAMPDP_128X64_GL_M1_D2_ram # (128, 64, 7) iow0 (
		WAFF[6:0],
		WrClk0,
        WMNQ,
		WDQ,
		RADRSWI[6:0],
		dout0
	);

 
`ifndef SYNTHESIS 
// Tasks for initializing the arrays
// Ramgen function for writing the arrays 
//VCS coverage off    
task mem_write_bank;
  input [6:0] addr;
  input [63:0] data;
  reg   [63:0] wdat;
  begin
    wdat = data;
    iow0.mem_wr_raw_subbank(addr[6:0],wdat);
  end
endtask

// Ramgen function for reading the arrays 
function [63:0] mem_read_bank;
input [6:0] addr;
reg [63:0] memout;
  begin
    memout = iow0.mem_read_raw_subbank(addr);
    mem_read_bank = memout;
  end
endfunction
//VCS coverage on    

`endif  //SYNTHESIS

endmodule
`endif // end EMULATION
`endif // end RAM_INTERFACE 

`ifndef RAM_INTERFACE
`ifndef EMULATION
module RAMPDP_128X64_GL_M1_D2_ram (
   wadr,
   wrclk,
   wrmaskn,
   wrdata,
   radr,
   rout_B
);

// default parameters
parameter  words =  128;
parameter  bits  =  64;
parameter  addrs =  7;

// Write address
input  [addrs-1:0] wadr;
// Write clock
input  wrclk;
// Write data
input  [bits-1:0] wrdata;
// Write Mask
input  [bits-1:0] wrmaskn;

// Read address
input  [addrs-1:0] radr;
// Read out
wire   [bits-1:0]  rdarr;
output [bits-1:0] rout_B;


// Memory . words X bits
reg    [bits-1:0]  arr[0:words-1];

`ifdef SIM_and_FAULT
// regs for inducing faults
reg [bits-1:0] fault_no_write; // block writes to this column
reg [bits-1:0] fault_stuck_0;  // column always reads as 0
reg [bits-1:0] fault_stuck_1;  // column always reads as 1
reg [bits-1:0] bit_fault_stuck_0[0:words-1];  // column always reads as 0
reg [bits-1:0] bit_fault_stuck_1[0:words-1];  // column always reads as 1

initial begin : init_bit_fault_stuck
    integer i;
    integer j;
    fault_no_write = {bits{1'b0}};
    fault_stuck_0  = {bits{1'b0}};
    fault_stuck_1  = {bits{1'b0}};
    for ( i =0; i <=words; i=i+1) begin
        bit_fault_stuck_0[i] = {bits{1'b0}};
        bit_fault_stuck_1[i] = {bits{1'b0}};
    end
end
`endif // FAULT

`ifdef SIM_and_MONITOR
//VCS coverage off    
// monitor variables
reg monitor_on;
reg [words-1:0] word_written;
reg [words-1:0] word_read;
reg [bits-1:0] bit_written[0:words-1];
reg [bits-1:0] bit_read[0:words-1];

initial begin : init_monitor
  integer i;
  monitor_on = 1'b0; 
  for(i=0;i<= words-1;i=i+1) begin
      word_written[i] = 1'b0;
      word_read[i] = 1'b0;
      bit_written[i] = {bits{1'bx}};
      bit_read[i] = {bits{1'bx}};
  end
end  
`endif // MONITOR
//VCS coverage on    

// Bit write enable
// Write only when mask=1. Else hold the data.
`ifdef SIM_and_FAULT
// Include fault registers
wire [bits-1:0] bwe = wrmaskn & ~fault_no_write;
`else //SIM_and_FAULT
wire [bits-1:0] bwe = wrmaskn ;
`endif //SIM_and_FAULT
wire [bits-1:0] bitclk = {bits{wrclk}} & bwe ;

integer i;
`ifdef SIM_and_FAULT
always @(bitclk or wadr or wrdata)
`else 
always @(wrclk or wadr or wrdata)
`endif 
begin
`ifdef SIM_and_FAULT
    for (i=0 ; i<bits ; i=i+1) 
    begin
        if (bitclk[i])
            arr[wadr][i] <= wrdata[i]; // spyglass disable SYNTH_5130,W18
    end
`else 
    if (wrclk) 
        arr[wadr] <= wrdata; // spyglass disable SYNTH_5130,W18
`endif
`ifdef SIM_and_MONITOR
//VCS coverage off    
    for (i=0 ; i<bits ; i=i+1) 
    begin
`ifdef SIM_and_FAULT
        if (bitclk[i]) 
`else 
        if (wrclk)
`endif // FAULT
        begin
            // Check which bits are being written. Also track the values as per table below.
            // 1'bx = not accessed
            // 1'b0 = accessed as a 0
            // 1'b1 = accessed as a 1
            // 1'bz = accessed as both 0 and 1 
            if (monitor_on) begin 
				case (bit_written[wadr][i]) // spyglass disable SYNTH_5130,W18
					1'bx: bit_written[wadr][i] = wrdata[i];
					1'b0: bit_written[wadr][i] = wrdata[i] == 1 ? 1'bz : 1'b0;
					1'b1: bit_written[wadr][i] = wrdata[i] == 0 ? 1'bz : 1'b1;
					1'bz: bit_written[wadr][i] = 1'bz;
				endcase
            end
        end // if
    end //for
    if (monitor_on) begin 
    // Word is considered written if any of the bits are written
`ifdef SIM_and_FAULT
        word_written[wadr] <= |(bitclk) | word_written[wadr]; // spyglass disable SYNTH_5130,W18
`else 
        word_written[wadr] <= wrclk | word_written[wadr]; // spyglass disable SYNTH_5130,W18
`endif // FAULT
    end
`endif // MONITOR
//VCS coverage on    
end

`ifdef SIM_and_FAULT
// Include fault registers
wire [bits-1:0] bre = ~(bit_fault_stuck_1[radr] | bit_fault_stuck_0[radr]); // spyglass disable SYNTH_5130
`else //SIM_and_FAULT
wire [bits-1:0] bre = {bits{1'b1}};
`endif //SIM_and_FAULT

// Read the unlatched data out.
`ifdef SIM_and_FAULT
assign rdarr = (~arr[radr] | bit_fault_stuck_0[radr]) & ~bit_fault_stuck_1[radr]; // spyglass disable SYNTH_5130
`else 
assign rdarr = ~arr[radr]; // spyglass disable SYNTH_5130
`endif 

`ifdef SIM_and_MONITOR
//VCS coverage off    
always @radr begin
    // Check if a bit in the word can be read.
    // 1'bx = not accessed
    // 1'b0 = accessed as a 0
    // 1'b1 = accessed as a 1
    // 1'bz = accessed as both 0 and 1 
    if (monitor_on) begin
        for (i=0; i<bits; i=i+1) begin
	        if (bre[i]) begin
	            case (bit_read[radr][i])
				    1'bx: bit_read[radr][i] = rdarr[i];
					1'b0: bit_read[radr][i] = rdarr[i] == 1 ? 1'bz : 1'b0;
					1'b1: bit_read[radr][i] = rdarr[i] == 0 ? 1'bz : 1'b1;
					1'bz: bit_read[radr][i] = 1'bz;
		        endcase
	        end
	    end
    end 
    // Word is marked read only if any of the bits are read.
    word_read[radr] = |(bre);
end
//VCS coverage on    
`endif // MONITOR

`ifndef SYNTHESIS 
assign #0.1 rout_B = rdarr;
`else 
assign  rout_B = rdarr;
`endif

`ifndef SYNTHESIS
// Task for initializing the arrays

//VCS coverage off    
task mem_wr_raw_subbank;
  input [addrs-1:0] addr;
  input [63:0] data;
  begin
    arr[addr] = data;
  end
endtask

// function for array read
function [63:0] mem_read_raw_subbank;
input [addrs-1:0] addr;
	mem_read_raw_subbank = arr[addr];
endfunction

`ifdef FAULT_INJECTION
// BIST Tasks for inducing faults
// induce faults on columns
task mem_fault_no_write_subbank;
  input [bits-1:0] fault_mask;
   begin
    fault_no_write = fault_mask;
  end
endtask

// Stuck at 0 for entire memory
task mem_fault_stuck_0_subbank;
  input [bits-1:0] fault_mask;
  integer i;
   begin
    for ( i=0; i<words; i=i+1 ) begin
      bit_fault_stuck_0[i] = fault_mask;
    end
  end
endtask

// Stuck at 1 for entire memory
task mem_fault_stuck_1_subbank;
  input [bits-1:0] fault_mask;
  integer i;
   begin
    for ( i=0; i<words; i=i+1 ) begin
      bit_fault_stuck_1[i] = fault_mask;
    end
  end
endtask

// Stuck at 0 for specific bit
task set_bit_fault_stuck_0_subbank;
  input r;
  input c;
  integer r;
  integer c;
  bit_fault_stuck_0[r][c] = 1;
endtask

// Stuck at 1 for specific bit
task set_bit_fault_stuck_1_subbank;
  input r;
  input c;
  integer r;
  integer c;
  bit_fault_stuck_1[r][c] = 1;
endtask

// Clear stuck 0 at bit
task clear_bit_fault_stuck_0_subbank;
  input r;
  input c;
  integer r;
  integer c;
  bit_fault_stuck_0[r][c] = 0;
endtask

// Clear stuck 1 at bit
task clear_bit_fault_stuck_1_subbank;
  input r;
  input c;
  integer r;
  integer c;
  bit_fault_stuck_1[r][c] = 0;
endtask
//VCS coverage on    
`endif //STUCK
`endif //SYNTHESIS

endmodule
`endif // end EMULATION
`endif // end RAM_INTERFACE